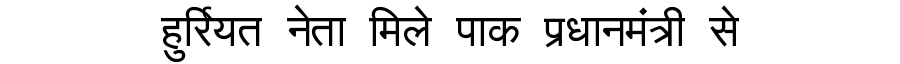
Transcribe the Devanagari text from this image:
हुर्रियत नेता मिले पाक प्रधानमंत्री से